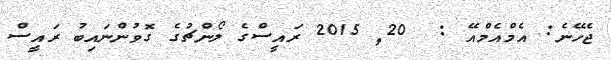
ޖެހޭނެ: އެމްއެމްއޭ :  20